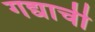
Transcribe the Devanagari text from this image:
गद्याची